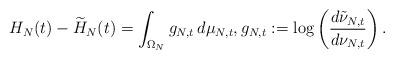
\begin{align*} H_N(t) - \widetilde H_N(t) = \int_{\Omega_N} g_{N,t}\,d\mu_{N,t}, g_{N,t}:=\log \left( \frac{d\tilde\nu_{N,t}}{d\nu_{N,t}} \right).\end{align*}